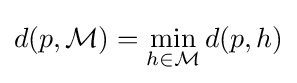
d(p,{\mathcal {M}})=\min _{h\in {\mathcal {M}}}d(p,h)